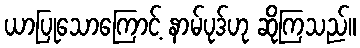
ယာပြုသောကြောင့် နာမ်ပုဒ်ဟု ဆိုကြသည်။